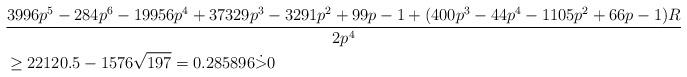
LaTeX: \begin{align*}&\frac{3996p^5-284p^6-19956p^4+37329p^3-3291p^2+99p-1+(400p^3-44p^4-1105p^2+66p-1)R}{2p^4}\\& \ge 22120.5-1576\sqrt{197}=0.285896\dot>0\end{align*}